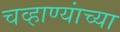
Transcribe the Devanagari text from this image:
चव्हाण्यांच्या